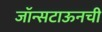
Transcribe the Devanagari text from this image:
जॉन्सटाऊनची